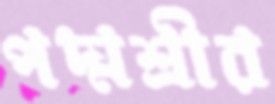
পদ্মশ্রীর